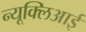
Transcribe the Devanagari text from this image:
न्यूक्लिआई